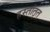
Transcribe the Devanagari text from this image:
हस्तांतृत